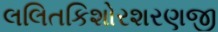
લલિતકિશોરશરણજી